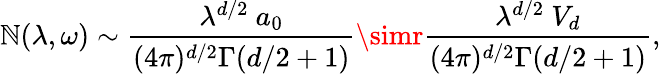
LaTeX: \mathbb{N}(\lambda,\omega)\sim{\frac{{\lambda^{d/2}~a_{0}}}{{(4\pi)^{d/2}\Gamma(d/2+1)}}}\simr{\frac{{\lambda^{d/2}~V_{d}}}{{(4\pi)^{d/2}\Gamma(d/2+1)}}},